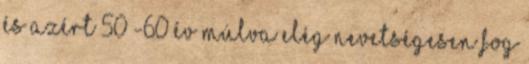
és azért 50 -60 év múlva elég nevetségesen fog